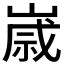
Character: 𡻕